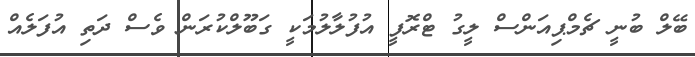
ބޭލް ބުނީ ޗެމްޕިއަންސް ލީގު ޓްރޮފީ އުފުލާލުމަކީ ގަބޫލްކުރަން ވެސް ދަތި އުފަލެއް